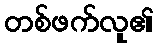
တစ်ဖက်လူ၏